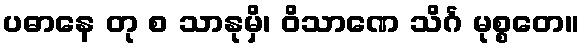
ပဓာနေ တု စ သာနုမှိ၊ ဝိသာဏေ သိင်္ဂ မုစ္စတေ။